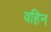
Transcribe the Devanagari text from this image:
वहिन